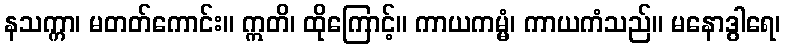
နသက္ကာ၊ မတတ်ကောင်း။ ဣတိ၊ ထိုကြောင့်။ ကာယကမ္မံ၊ ကာယကံသည်။ မနောဒွါရေ၊